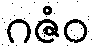
ဂဇံဝ